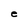
Character: e